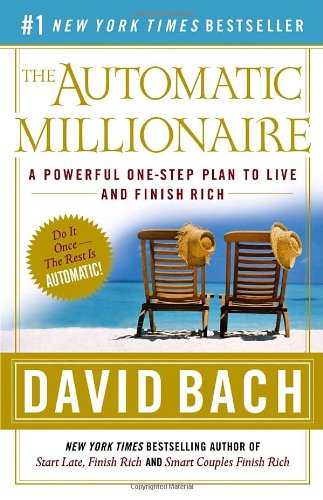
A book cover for The Automatic Millionaire: A Powerful One-Step Plan to Live and Finish Rich; David Bach; Business & Money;